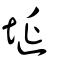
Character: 埏